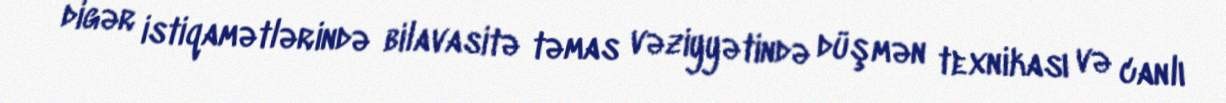
digər istiqamətlərində bilavasitə təmas vəziyyətində düşmən texnikası və canlı